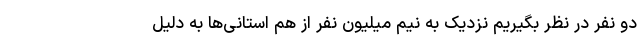
دو نفر در نظر بگیریم نزدیک به نیم میلیون نفر از هم استانی‌ها به دلیل